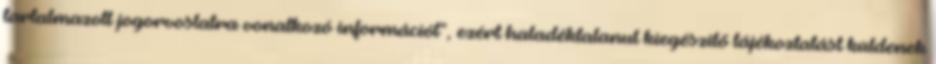
tartalmazott jogorvoslatra vonatkozó információt”, ezért haladéktalanul kiegészítő tájékoztatást küldenek